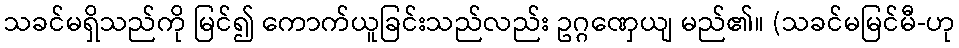
သခင်မရှိသည်ကို မြင်၍ ကောက်ယူခြင်းသည်လည်း ဥဂ္ဂဏှေယျ မည်၏။ (သခင်မမြင်မီ-ဟု